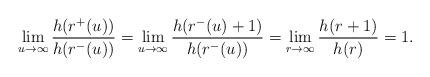
LaTeX: \begin{align*}\lim_{u \rightarrow \infty} \frac{h(r^+(u))}{h(r^-(u))}=\lim_{u \rightarrow \infty} \frac{h(r^-(u)+1)}{h(r^-(u))}=\lim_{r \rightarrow \infty} \frac{h(r+1)}{h(r)}=1.\end{align*}